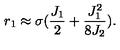
r _ { 1 } \approx \sigma ( { \frac { J _ { 1 } } { 2 } } + { \frac { J _ { 1 } ^ { 2 } } { 8 J _ { 2 } } } ) .